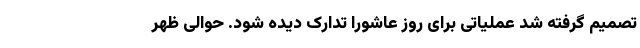
تصمیم گرفته شد عملیاتی برای روز عاشورا تدارک دیده شود. حوالی ظهر